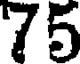
75